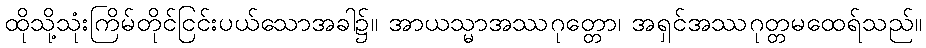
ထိုသို့သုံးကြိမ်တိုင်ငြင်းပယ်သောအခါ၌။ အာယသ္မာအဿဂုတ္တော၊ အရှင်အဿဂုတ္တမထေရ်သည်။